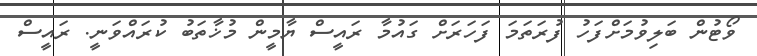
ވޯޓުން ބަލިވުމަށްފަހު ފުރަތަމަ ފަހަރަށް ގައުމާ ރައީސް ޔާމީން މުޚާތަބު ކުރައްވަނީ. ރައީސް